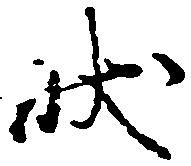
状